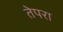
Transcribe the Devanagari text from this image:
तेपरा